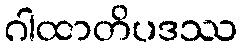
ဂါထာတိပဒဿ